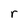
Character: r